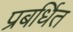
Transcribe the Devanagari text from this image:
प्रबर्धित